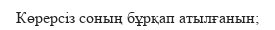
Көрерсіз соның бұрқап атылғанын;